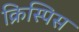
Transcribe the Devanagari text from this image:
क्रिस्पिस